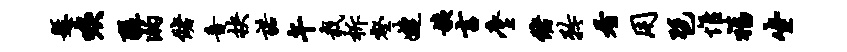
悬唳醍溺储音抉诺午栽柝壑婕姨言麈储矜看用琶惟福坐